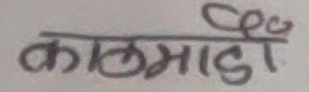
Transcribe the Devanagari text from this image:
काठमाडौँ